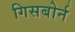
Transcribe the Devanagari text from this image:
गिसबोर्न